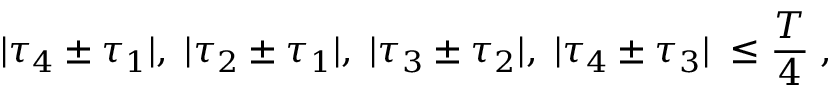
| { \tau } _ { 4 } \pm { \tau } _ { 1 } | , \; | { \tau } _ { 2 } \pm { \tau } _ { 1 } | , \; | { \tau } _ { 3 } \pm { \tau } _ { 2 } | , \; | { \tau } _ { 4 } \pm { \tau } _ { 3 } | \; \leq \frac { T } { 4 } \; ,